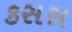
કસસ